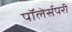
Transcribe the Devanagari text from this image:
पॉलेर्सपरी